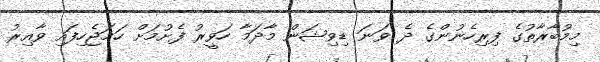
މިމުބާރާތުގެ ފިރިހެނުންގެ ދެ ވަނަ ޑިވިޝަން މާދަމާ ހަވީރު ފެށުމަށް ހަމަޖެހިފައި ވާއިރު